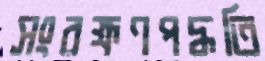
সংরক্ষণপদ্ধতি